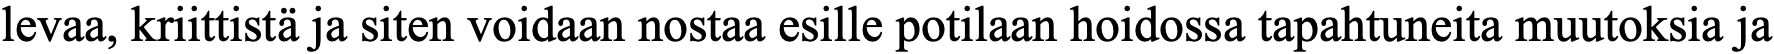
levaa, kriittistä ja siten voidaan nostaa esille potilaan hoidossa tapahtuneita muutoksia ja